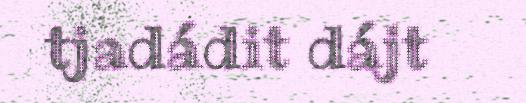
tjadádit dájt